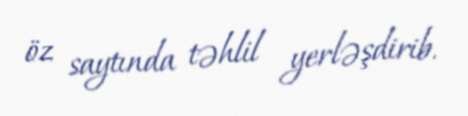
öz saytında təhlil yerləşdirib.